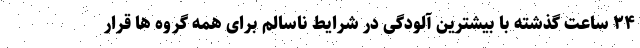
۲۴ ساعت گذشته با بیشترین آلودگی در شرایط ناسالم برای همه گروه ها قرار